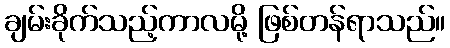
ချမ်းခိုက်သည့်ကာလမို့ ဖြစ်တန်ရာသည်။